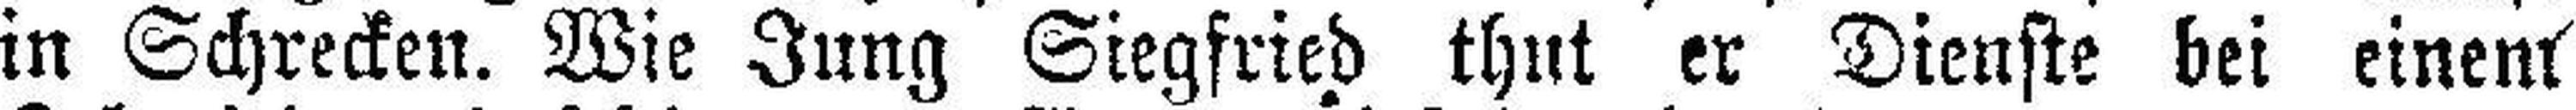
in Schrecken. Wie Jung Siegfried thut er Dienste bei einem